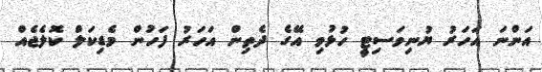
އަންނަ އަހަރު ޔުނިވަސިޓީ ހުޅުވި އޭގެ ދެތިން އަހަރު ފަހުން މެޑިކަލް ކޮލެޖެއް